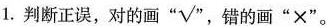
1.判断正误，对的画 $$^{ \circ } \sqrt{1}$$ ，错的画”×”。